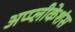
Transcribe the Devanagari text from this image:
अप्प्लीकेशंस